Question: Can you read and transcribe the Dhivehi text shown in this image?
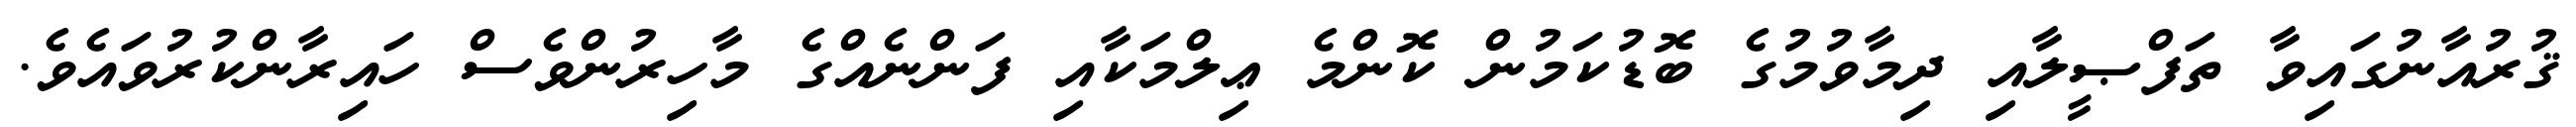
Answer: ޤުރުއާނުގައިވާ ތަފްޞީލާއި ދިމާވުމުގެ ބޮޑުކަމުން ކޮންމެ ޢިލްމަކާއި ފަންނެއްގެ މާހިރުންވެސް ހައިރާންކުރުވައެވެ.